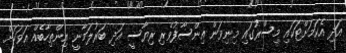
އަދި އެކަމަށްޓަކައި މިސްރުގައި މިނިވަން އިންސާފުވެރި ރިޔާސީ އަދި ބަރުލަމާނީ އިންތިހާބެއް އަވަހަށް